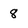
Character: 8